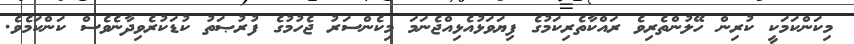
މިކަންކަމަކީ ކުރިން ހޭލުންތެރިވެ ރައްކާތެރިކަމުގެ ފިޔަވަޅުއެޅިއްޖެނަމަ މިކެންސަރު ޖެހުމުގެ ފުރުޞަތު ކުޑަކުރެވިދާނެވެސް ކަންކަމެވެ.